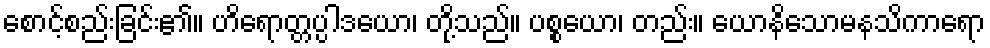
စောင့်စည်းခြင်း၏။ ဟိရောတ္တပ္ပါဒယော၊ တို့သည်။ ပစ္စယော၊ တည်း။ ယောနိသောမနသိကာရော